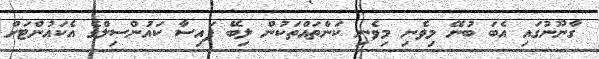
ގާނޫނުގައި އެބަ ބުނޭ މިވެނި މިވެނި ކަންތައްތަކުން ލިބޭ ފައިސާ ކައުންސިލްގެ އެކައުންޓަށް